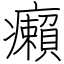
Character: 癩